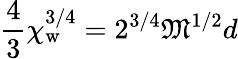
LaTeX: {\frac{4}{3}}\chi_{\mathrm{w}}^{3/4}=2^{3/4}{\mathfrak{M}}^{1/2}d